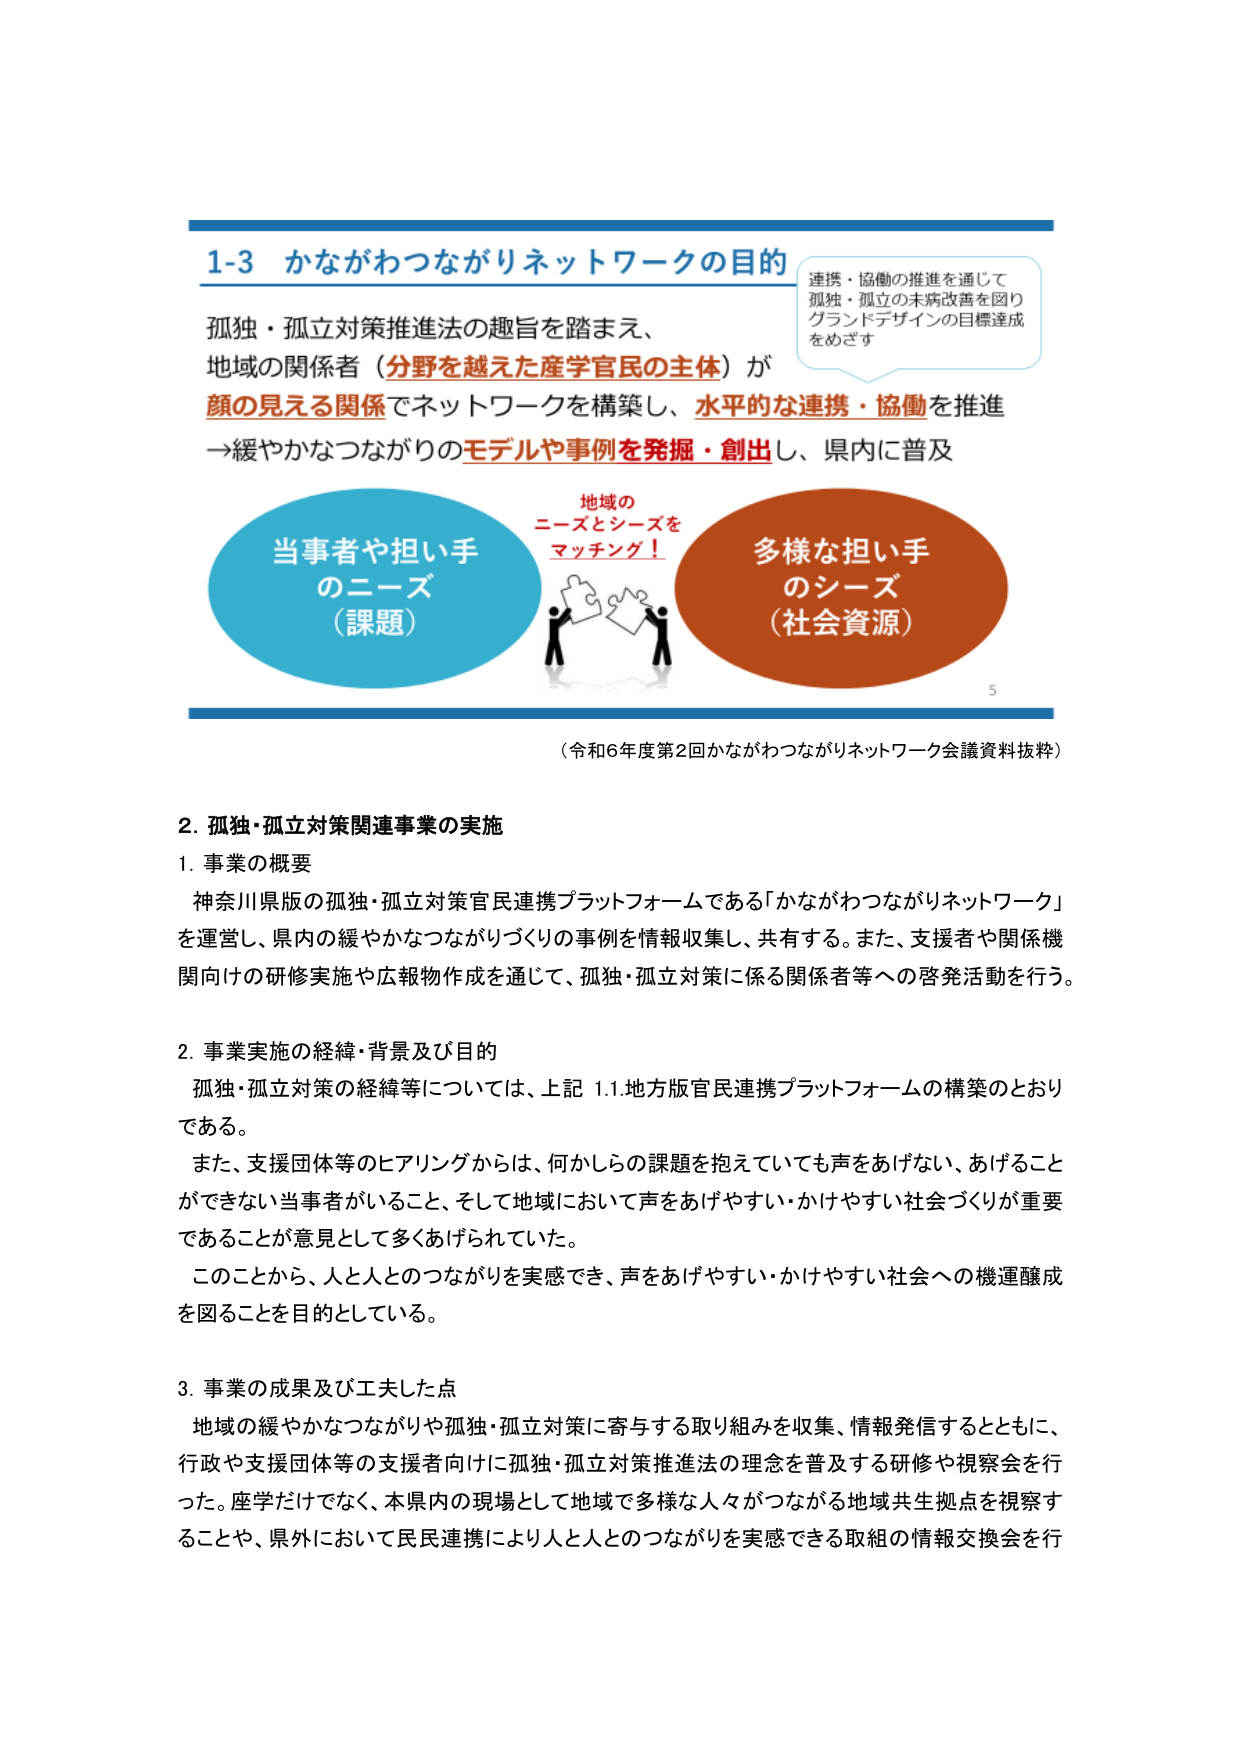
1-3 かながわつながりネットワークの目的
孤独・孤立対策推進法の趣旨を踏まえ、
地域の関係者（分野を越えた産学官民の主体）が
顔の見える関係でネットワークを構築し、水平的な連携・協働を推進
→緩やかなつながりのモデルや事例を発掘・創出し、県内に普及

連携・協働の推進を通じて
孤独・孤立の未病改善を図り
グランドデザインの目標達成
をめざす

当事者や担い手
のニーズ
（課題）

地域の
ニーズとシーズを
マッチング！

多様な担い手
のシーズ
（社会資源）

（令和6年度第2回かながわつながりネットワーク会議資料抜粋）

2. 孤独・孤立対策関連事業の実施
1. 事業の概要
神奈川県版の孤独・孤立対策官民連携プラットフォームである「かながわつながりネットワーク」
を運営し、県内の緩やかなつながりづくりの事例を情報収集し、共有する。また、支援者や関係機
関向けの研修実施や広報物作成を通じて、孤独・孤立対策に係る関係者等への啓発活動を行う。

2. 事業実施の経緯・背景及び目的
孤独・孤立対策の経緯等については、上記 1.1 地方版官民連携プラットフォームの構築のとおり
である。
また、支援団体等のヒアリングからは、何かしらの課題を抱えていても声をあげない、あげること
ができない当事者がいること、そして地域において声をあげやすい・かけやすい社会づくりが重要
であることが意見として多くあげられていた。
このことから、人と人とのつながりを実感でき、声をあげやすい・かけやすい社会への機運醸成
を図ることを目的としている。

3. 事業の成果及び工夫した点
地域の緩やかなつながりや孤独・孤立対策に寄与する取り組みを収集、情報発信するとともに、
行政や支援団体等の支援者向けに孤独・孤立対策推進法の理念を普及する研修や視察会を行
った。座学だけでなく、本県内の現場として地域で多様な人々がつながる地域共生拠点を視察す
ることや、県外において民民連携により人と人とのつながりを実感できる取組の情報交換会を行